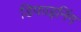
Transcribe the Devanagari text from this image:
डिफाइनिंग